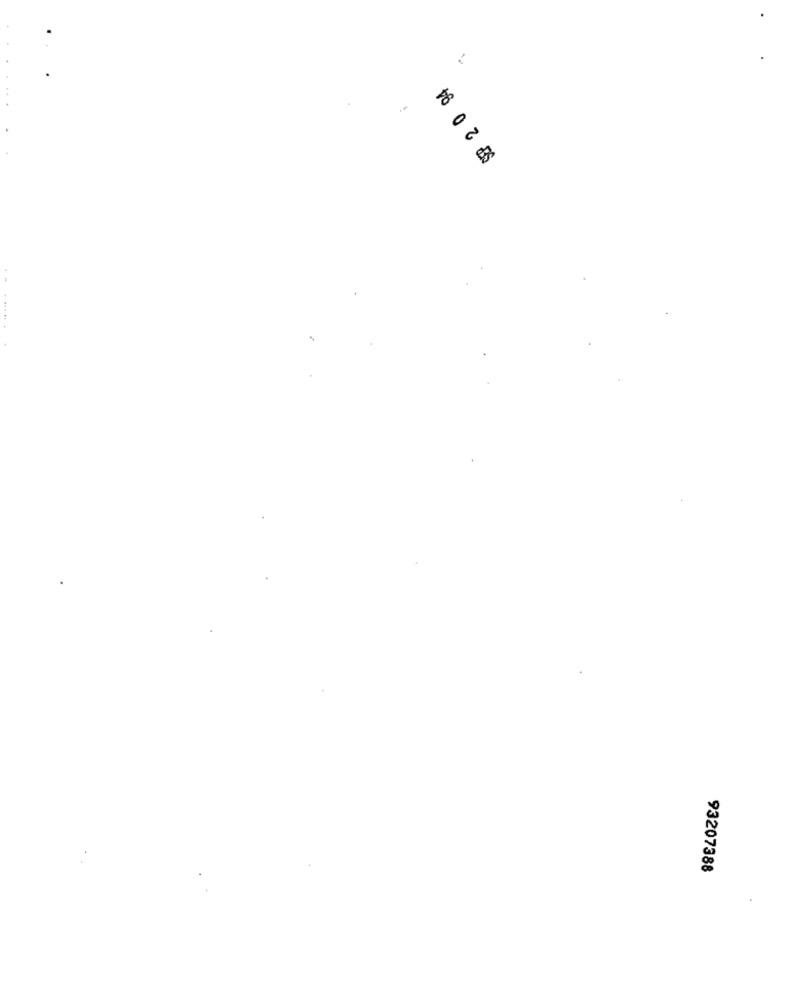
SEP 2 0 94
93207388